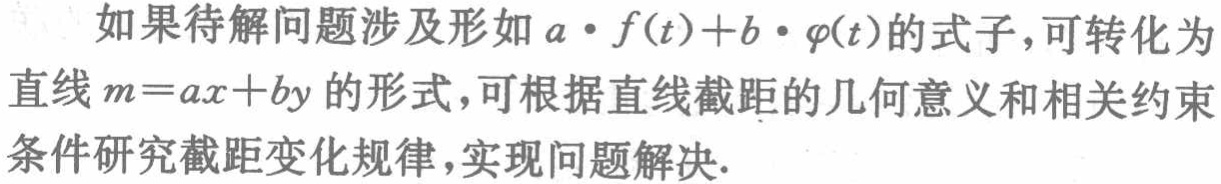
如果待解问题涉及形如\(a\cdot f(t)+b\cdot \varphi(t)\)的式子，可转化为直线\(m = ax + by\)的形式，可根据直线截距的几何意义和相关约束条件研究截距变化规律，实现问题解决.